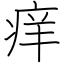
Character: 痒